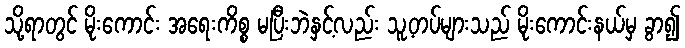
သို့ရာတွင် မိုးကောင်း အရေးကိစ္စ မပြီးဘဲနှင့်လည်း သူ့တပ်များသည် မိုးကောင်းနယ်မှ ခွာ၍